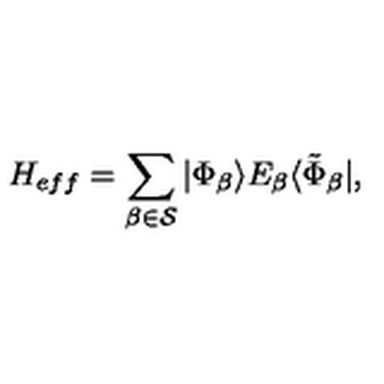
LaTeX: { H _ { e f f } } = \sum _ { \beta \in { \cal S } } | \Phi _ { \beta } \rangle E _ { \beta } \langle \tilde { \Phi } _ { \beta } | ,